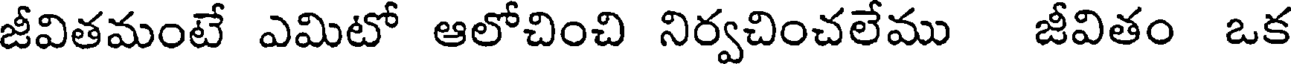
జీవితమంటే ఎమిటో ఆలోచించి నిర్వచించలేము జీవితం ఒక